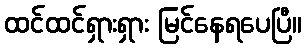
ထင်ထင်ရှားရှား မြင်နေရပေပြီ။